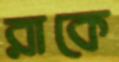
রাকে